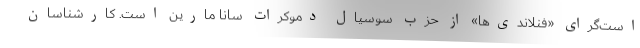
است‌گرای «فنلاندی‌ها» از حزب سوسیال دموکرات سانا مارین است. کارشناسان